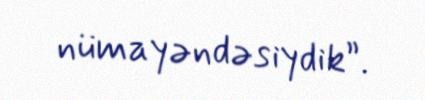
nümayəndəsiydik”.